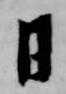
日